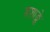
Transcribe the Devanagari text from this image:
शशाङ्के